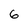
Character: 6